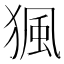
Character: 猦